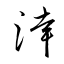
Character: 涬